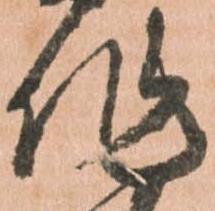
作